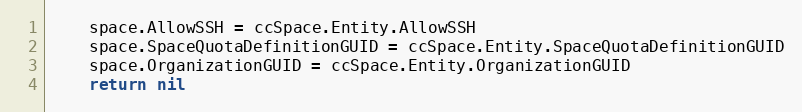
Language: Go
	space.AllowSSH = ccSpace.Entity.AllowSSH
	space.SpaceQuotaDefinitionGUID = ccSpace.Entity.SpaceQuotaDefinitionGUID
	space.OrganizationGUID = ccSpace.Entity.OrganizationGUID
	return nil